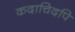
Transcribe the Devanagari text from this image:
कदाचिदपि